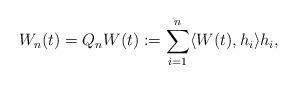
LaTeX: \begin{align*}W_n(t) = Q_n W(t):= \sum_{i=1}^n \langle W(t), h_i \rangle h_i ,\end{align*}